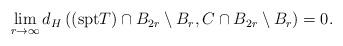
LaTeX: \begin{align*}\aligned\lim_{r\rightarrow\infty}d_H\left(\left(\mathrm{spt}T\right)\cap B_{2r}\setminus B_r,C\cap B_{2r}\setminus B_r\right)=0.\endaligned\end{align*}